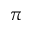
\pi